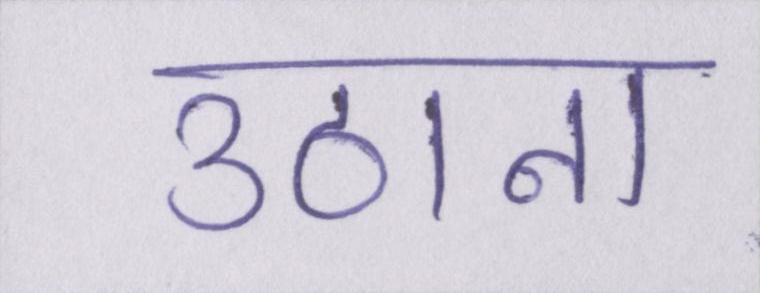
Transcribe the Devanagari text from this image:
उठाना